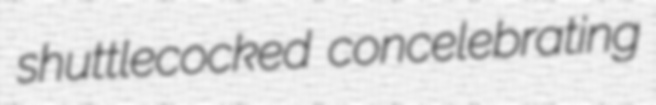
shuttlecocked concelebrating